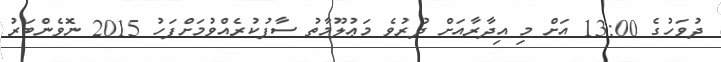
ދުވަހުގެ 13:00 އަށް މި އިދާރާއަށް ދުރުވެ މަޢުލޫމާތު ސާފުކުރެއްވުމަށްފަހު 2015 ނޮވެންބަރު